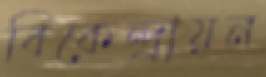
বিকেন্দ্রায়ন